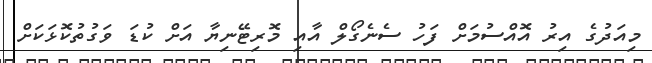
މިއަދުގެ އިރު އޮއްސުމަށް ފަހު ސެނެގޯލް އާއި މޮރިޓޭނިޔާ އަށް ކުޑަ ވަގުތުކޮޅަކަށް